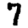
Digit: 7